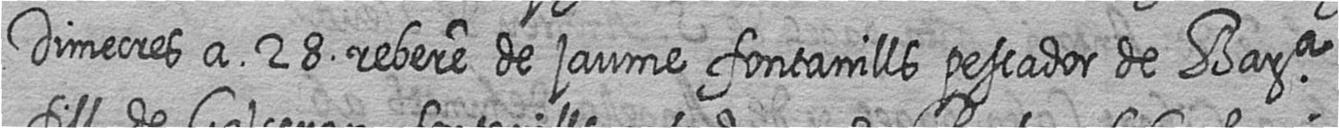
Dimecres a 28 rebere de jaume fontanills pescador de Bara